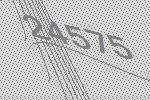
24575